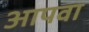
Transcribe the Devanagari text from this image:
आपवा